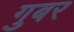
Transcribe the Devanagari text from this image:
गुबर